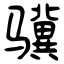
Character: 骥